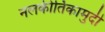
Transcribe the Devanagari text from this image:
नलकीर्तिकामुदी